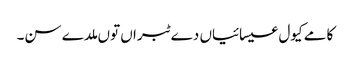
کامے کیول عیسائیاں دے ٹبراں توں ملدے سن۔